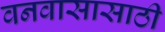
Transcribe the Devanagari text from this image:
वनवासासाठी